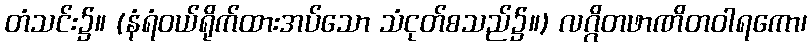
တံသင်း၌။ (နံရံဝယ်ရိုက်ထားအပ်သော သံငုတ်စသည်၌။) လဂ္ဂိတဖာဏိတဝါရကော၊